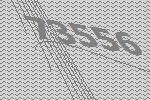
73556